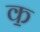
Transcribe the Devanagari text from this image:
क॒